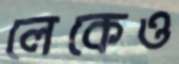
লেকেও